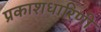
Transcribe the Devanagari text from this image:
प्रकाशधारिणी